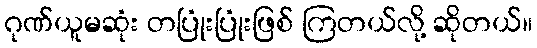
ဂုဏ်ယူမဆုံး တပြုံးပြုံးဖြစ် ကြတယ်လို့ ဆိုတယ်။